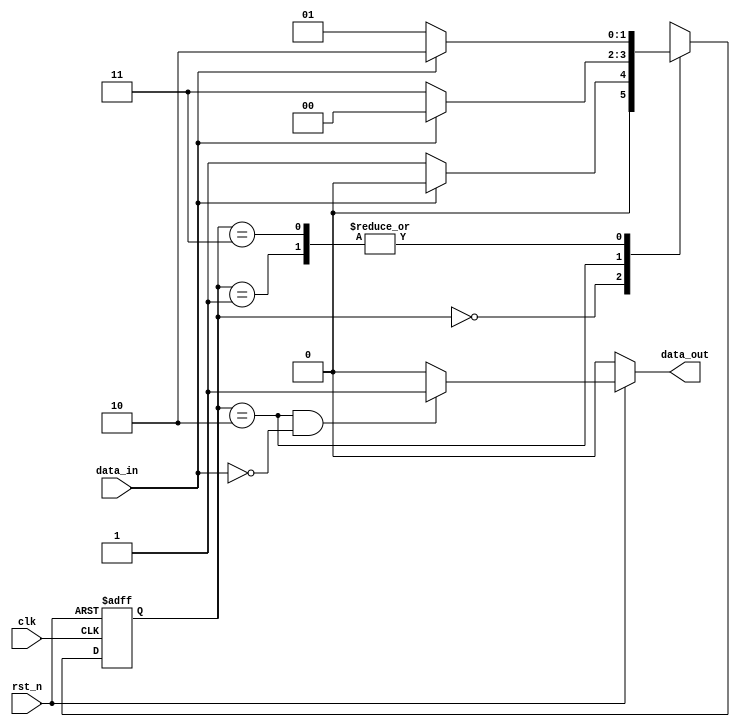
`timescale 1ns/1ns

module verified_pulse_detect(    
    input clk,
    input rst_n,
    input data_in,
    output reg data_out
);

parameter s0 = 2'b00; // initial
parameter s1 = 2'b01; // 0, 00
parameter s2 = 2'b10; // 01
parameter s3 = 2'b11; // 010

reg [1:0] pulse_level1, pulse_level2;

always @(posedge clk or negedge rst_n) begin
    if (!rst_n)
        pulse_level1 <= s0;
    else
        pulse_level1 <= pulse_level2;
end

always @(*) begin
    case (pulse_level1)
        s0: begin
            if (data_in == 0)
                pulse_level2 = s1;
            else
                pulse_level2 = s0;
        end

        s1: begin
            if (data_in == 1)
                pulse_level2 = s2;
            else
                pulse_level2 = s1;
        end

        s2: begin
            if (data_in == 0)
                pulse_level2 = s3;
            else
                pulse_level2 = s0;
        end

        s3: begin
            if (data_in == 1)
                pulse_level2 = s2;
            else
                pulse_level2 = s1;
        end
    endcase
end

// always @(posedge clk or negedge rst_n) begin
//     if (~rst_n)
//         data_out <= 0;
//     else if (pulse_level1 == s2 && data_in == 0)
//         begin
//         data_out <= 1;
//         end
//     else
//         data_out <= 0;
// end

always @(*) begin
    if (~rst_n)
        data_out = 0;
    else if (pulse_level1 == s2 && data_in == 0)
        data_out = 1;
    else
        data_out = 0;
end

endmodule